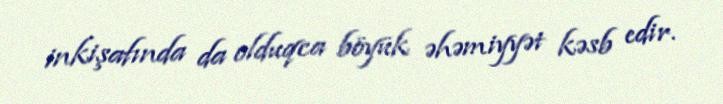
inkişafında da olduqca böyük əhəmiyyət kəsb edir.